Annual report of lunatic asylums [Bombay] - 1912-1922
Year: 1912
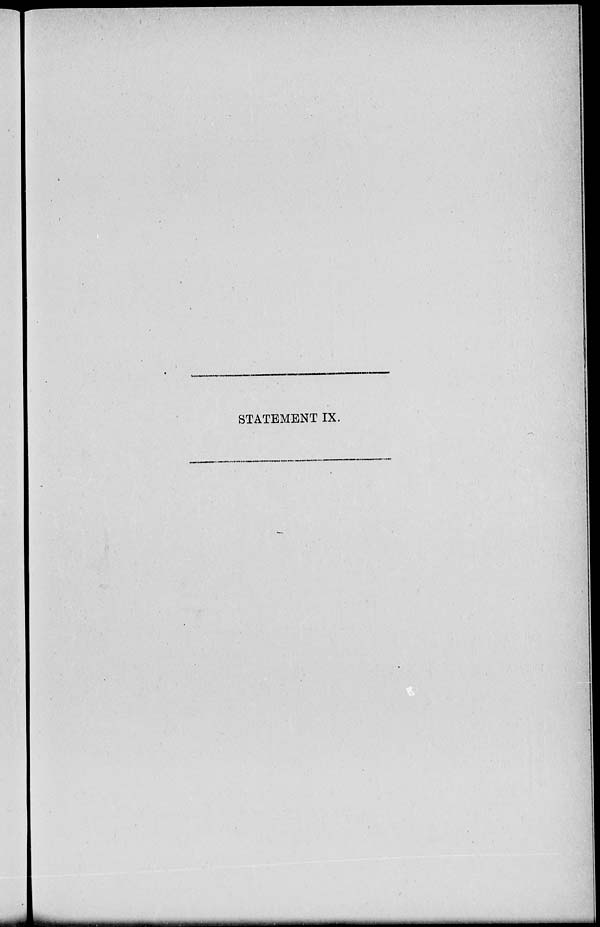
STATEMENT IX.